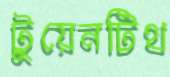
টুয়েনটিথ